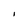
Character: I